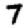
Digit: 7